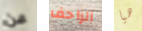
عن الزاحف هيا